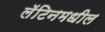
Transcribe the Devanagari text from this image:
लॅटिनमधील